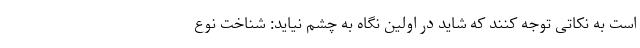
است به نکاتی توجه کنند که شاید در اولین نگاه به چشم نیاید: شناخت نوع